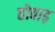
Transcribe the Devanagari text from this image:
होवाड़